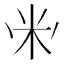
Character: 𱸳